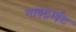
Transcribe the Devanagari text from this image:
नाइट्राईट